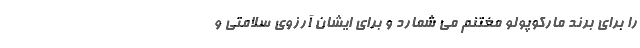
را برای برند مارکوپولو مغتنم می شمارد و برای ایشان آرزوی سلامتی و